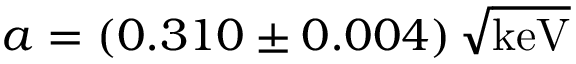
a = \left( 0 . 3 1 0 \pm 0 . 0 0 4 \right) \sqrt { \mathrm { k e V } }